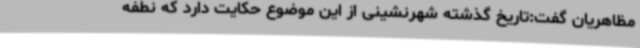
مظاهریان گفت:تاریخ گذشته شهرنشینی از این موضوع حکایت دارد که نطفه